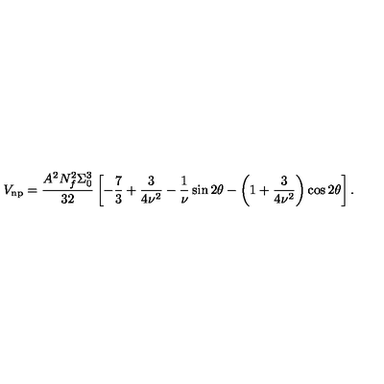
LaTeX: V _ { \mathrm { n p } } = \frac { A ^ { 2 } N _ { f } ^ { 2 } \Sigma _ { 0 } ^ { 3 } } { 3 2 } \left[ - { \frac { 7 } { 3 } } + \frac { 3 } { 4 \nu ^ { 2 } } - { \frac { 1 } { \nu } } \sin { 2 \theta } - \left( 1 + \frac { 3 } { 4 \nu ^ { 2 } } \right) \cos { 2 \theta } \right] .